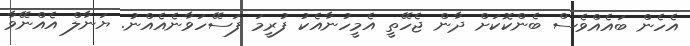
އެހެން ބައެއްވެސް ބެންކޮކަށް ދާން ޖެހޭތީ އެމީހުނާއެކު ފުރީމަ ފަސޭހަވާނެއެއްނު. ޔަނާލް އެއްނޭވާ